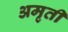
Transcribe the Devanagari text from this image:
अमृती